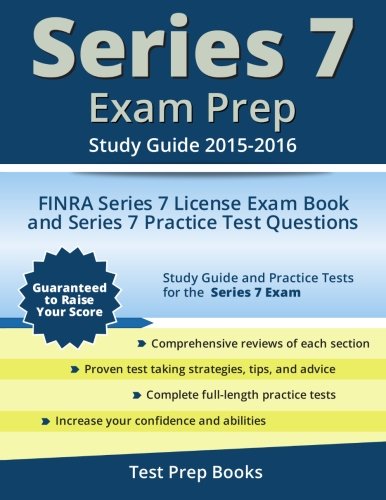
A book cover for Series 7 Exam Prep Study Guide 2015-2016: FINRA Series 7 License Exam Book and Series 7 Practice Test Questions; Series 7 Exam Prep Team; Test Preparation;